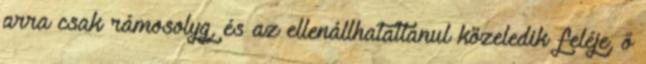
arra csak rámosolyg, és az ellenállhatatlanul közeledik feléje, ő